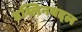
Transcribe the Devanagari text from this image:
डब्लिनबद्दल